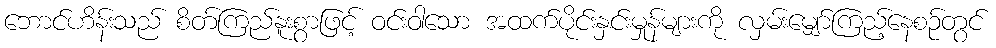
ဘောင်ဟိန်းသည် စိတ်ကြည်နူးစွာဖြင့် ဝင်းဝါသော အထက်ပိုင်းနှင်းမှုန်များကို လှမ်းမျှော်ကြည့်နေစဉ်တွင်